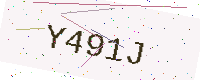
Text: Y491J